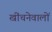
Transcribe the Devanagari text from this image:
खींचनेवालों